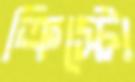
ক্রিস্টো